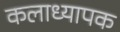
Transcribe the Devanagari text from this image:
कलाध्यापक